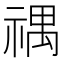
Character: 禑